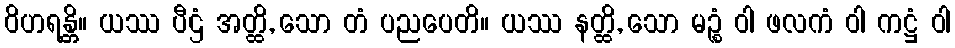
ဝိဟရန္တိ။ ယဿ ပီဌံ အတ္ထိ, သော တံ ပညပေတိ။ ယဿ နတ္ထိ, သော မဉ္စံ ဝါ ဖလကံ ဝါ ကဋ္ဌံ ဝါ